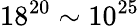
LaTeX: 18^{20}\sim 10^{25}